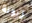
زبونة